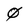
Character: 4